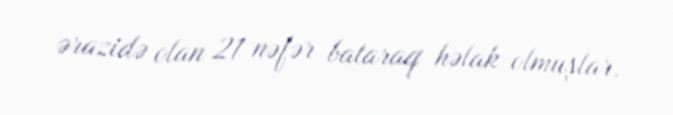
ərazidə olan 21 nəfər bataraq həlak olmuşlar.